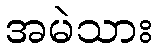
အမဲသား